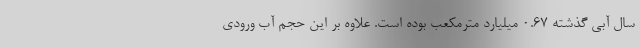
سال آبی گذشته ۰.۶۷ میلیارد مترمکعب بوده است. علاوه بر این حجم آب ورودی